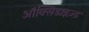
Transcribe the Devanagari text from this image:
ऑक्सिडाइज़्ड